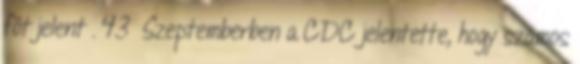
főt jelent . 43 Szeptemberben a CDC jelentette, hogy számos